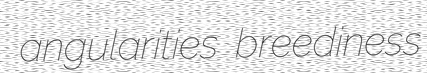
angularities breediness